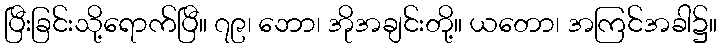
ပြီးခြင်းသို့ရောက်ပြီ။ ၇၉၊ ဘော၊ အိုအချင်းတို့။ ယတော၊ အကြင်အခါ၌။